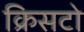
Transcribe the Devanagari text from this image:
क्रिसटो